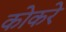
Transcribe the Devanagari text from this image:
कोकरे